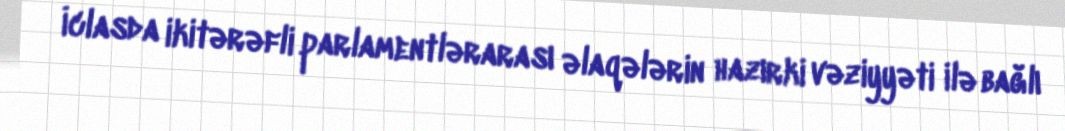
İclasda ikitərəfli parlamentlərarası əlaqələrin hazırki vəziyyəti ilə bağlı